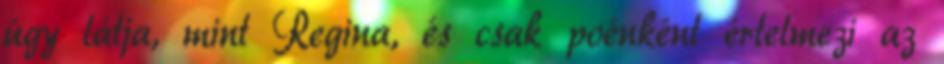
úgy látja, mint Regina, és csak poénként értelmezi az